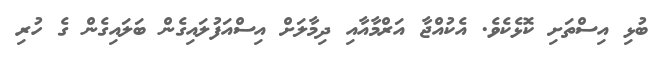
ބުޅި އިސްތަށި ކޮޅެކެވެ. އެކުއްޖާ އަރްމާއާއި ދިމާލަށް އިސްއަފުލައިގެން ބަލައިގެން ގެ ހުރި